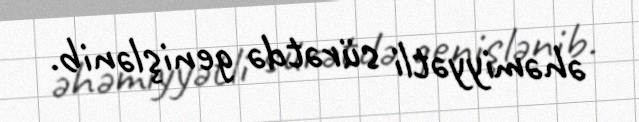
əhəmiyyətli sürətdə genişlənib.